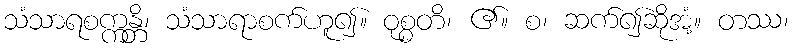
သံသာရစက္ကန္တိ၊ သံသာရာစက်ဟူ၍။ ဝုစ္စတိ၊ ၏။ စ၊ ဆက်၍ဆိုအံ့။ တဿ၊